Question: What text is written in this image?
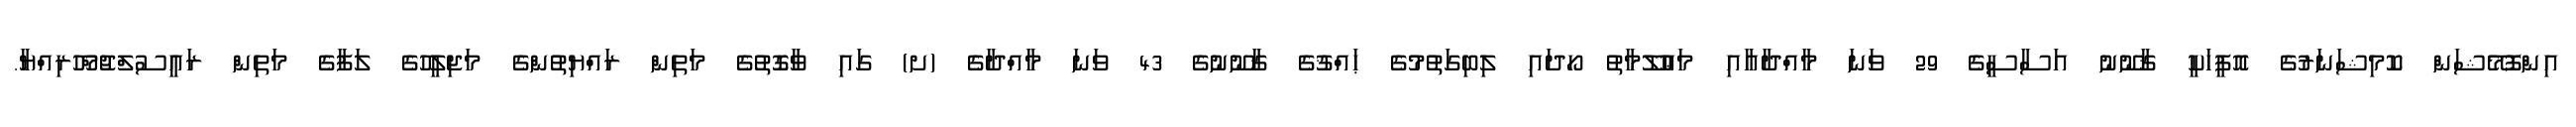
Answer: އިންފޮމޭޝަން ކޮމިޝަނަރުގެ އޮފީހަކީ ޤާނޫނު އަސާސީގެ 29 ވަނަ މާއްދާއާއި މަޢުލޫމާތު ހޯދައި ލިބިގަތުމުގެ ޙައްޤުގެ ޤާނޫނުގެ 43 ވަނަ މާއްދާގެ (ށ) ގައި ވާގޮތުގެ މަތިން ރައްޔިތުންގެ މަޖިލީހުގެ ލަފާގެ މަތިން ރައީސުލްޖުމްހޫރިއްޔާ.